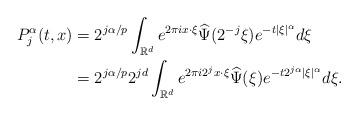
LaTeX: \begin{align*}P_{j}^{\alpha}(t,x) &= 2^{j\alpha/p} \int_{{\mathbb R}^d} e^{2\pi ix\cdot\xi} \widehat{\Psi}(2^{-j}\xi) e^{-t|\xi|^\alpha} d\xi \\&= 2^{j\alpha/p} 2^{jd} \int_{{\mathbb R}^d} e^{2\pi i2^{j}x\cdot\xi} \widehat{\Psi}(\xi) e^{-t2^{j\alpha}|\xi|^\alpha} d\xi.\end{align*}